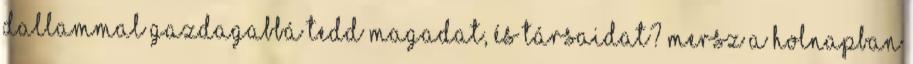
dallammal gazdagabbá tedd magadat, és társaidat? Mersz a holnapban